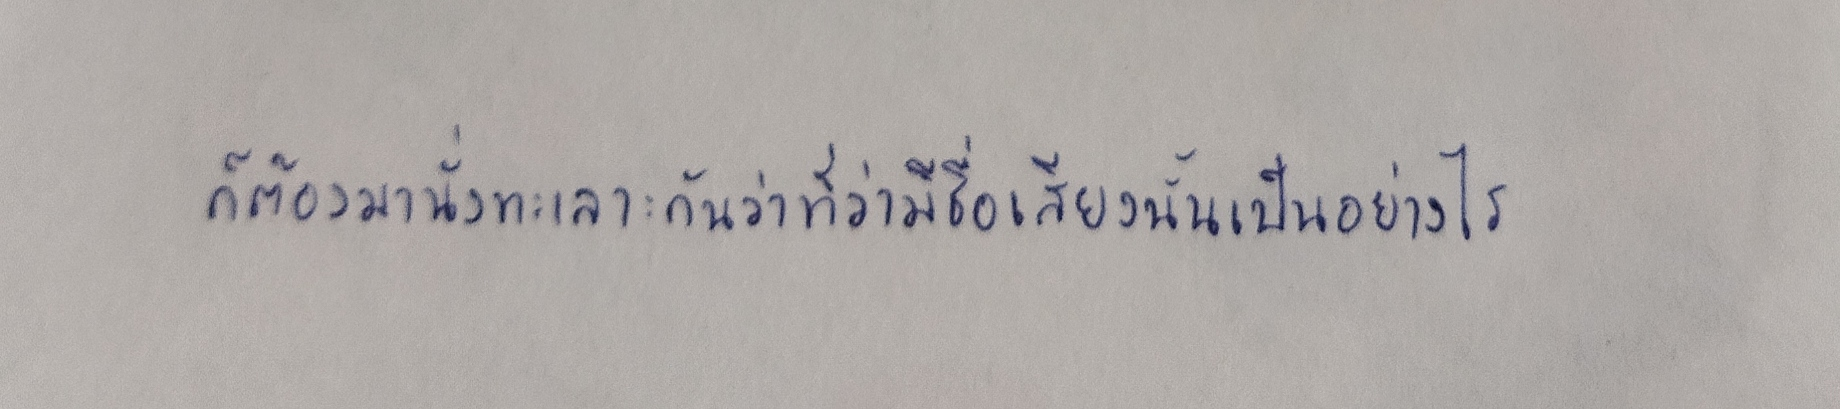
ก็ต้องมานั่งทะเลาะกันว่าที่ว่ามีชื่อเสียงนั้นเป็นอย่างไร